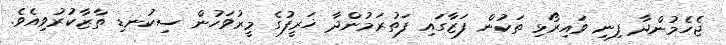
ޖެހެމުންދާ ފިނި ވައިރޯޅި ތަކުން ފަޒާގައި ފަތުރަމުންދާ ޚަރީފުގެ މީރުވަހުން ސިކުނޑި ތާޒާކުރުވިއެވެ.